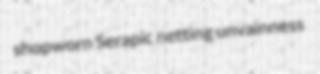
shopworn Serapic netting unvainness